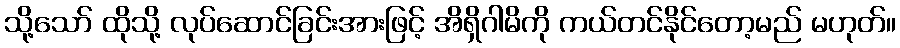
သို့သော် ထိုသို့ လုပ်ဆောင်ခြင်းအားဖြင့် အိရှိဂါမိကို ကယ်တင်နိုင်တော့မည် မဟုတ်။